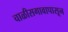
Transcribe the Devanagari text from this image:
चाळीसगावापासून